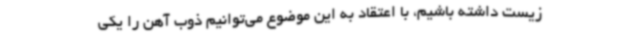
زیست داشته باشیم، با اعتقاد به این موضوع می‌توانیم ذوب آهن را یکی